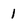
Character: l